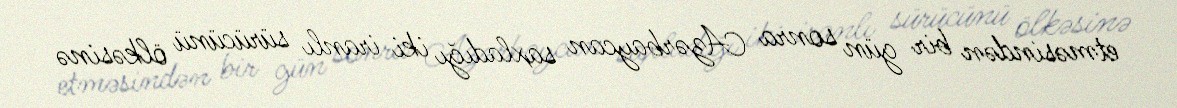
etməsindən bir gün sonra Azərbaycan saxladığı iki iranlı sürücünü ölkəsinə